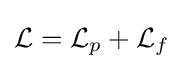
{\mathcal {L}}={\mathcal {L}}_{p}+{\mathcal {L}}_{f}